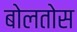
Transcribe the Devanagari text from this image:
बोलतोस